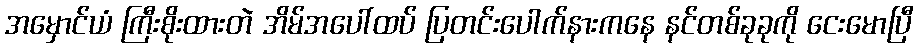
အမှောင်ယံ ကြီးစိုးထားတဲ အိမ်အပေါ်ထပ် ပြတင်းပေါက်နားကနေ နင်တစ်ခုခုကို ငေးမောပြီ